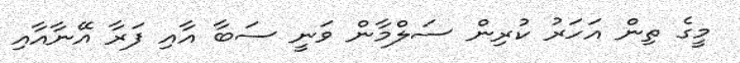
މީގެ ތިން އަހަރު ކުރިން ސަލްމާން ވަނީ ސަބާ އާއި ފަރާ އޭނާއާއި